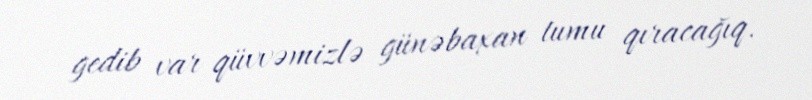
gedib var qüvvəmizlə günəbaxan tumu qıracağıq.